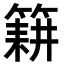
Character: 𮅰